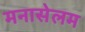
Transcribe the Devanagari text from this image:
मनासेलम